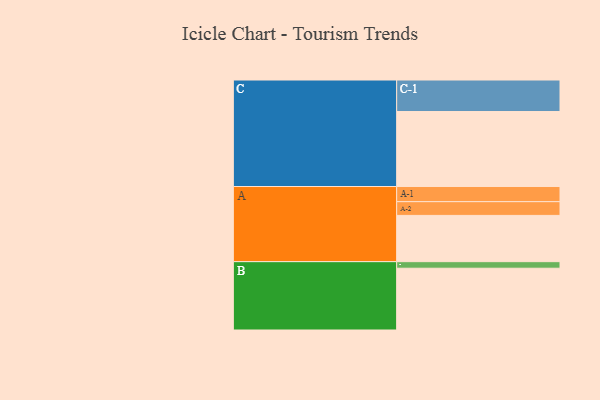
{"axis": {"x": "Segment", "y": "Value"}, "legend": ["", "A", "B", "C"], "data": [{"x": "A", "y": 367, "type": ""}, {"x": "B", "y": 490, "type": ""}, {"x": "C", "y": 595, "type": ""}, {"x": "A-1", "y": 120, "type": "A"}, {"x": "A-2", "y": 109, "type": "A"}, {"x": "B-1", "y": 52, "type": "B"}, {"x": "C-1", "y": 250, "type": "C"}]}